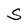
Character: S